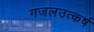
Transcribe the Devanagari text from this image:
गजलउत्कर्ष